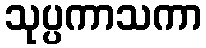
သုပ္ပကာသကာ